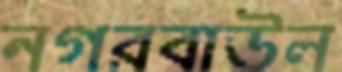
নগরবাউল